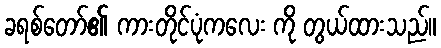
ခရစ်တော်၏ ကားတိုင်ပုံကလေး ကို တွယ်ထားသည်။